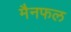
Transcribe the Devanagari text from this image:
मैनफल